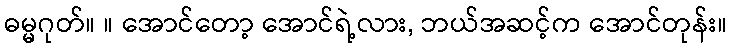
ဓမ္မဂုတ်။ ။ အောင်တော့ အောင်ရဲ့လား, ဘယ်အဆင့်က အောင်တုန်း။